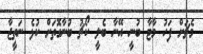
މެޗަށް ފަހު މާޓާ ބުނީ އޭނާ ބެލީ ކޯޗު ބުނާގޮތަށް ކުޅެ ނަތީޖާ